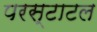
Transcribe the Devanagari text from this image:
परस्टाटल